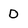
Character: D